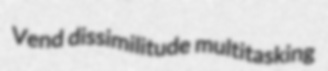
Vend dissimilitude multitasking